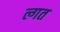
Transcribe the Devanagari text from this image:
ल्गत